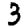
Digit: 3